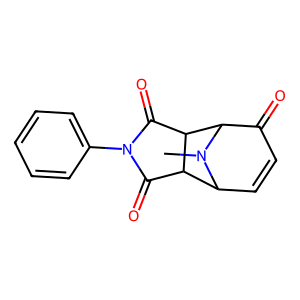
SMILES: CN1C2C=CC(=O)C1C1C(=O)N(c3ccccc3)C(=O)C12
Inhibits HIV replication: No